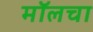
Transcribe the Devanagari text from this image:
मॉलचा